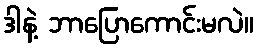
ဒါနဲ့ ဘာပြောကောင်းမလဲ။